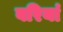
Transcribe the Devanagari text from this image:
वरियां